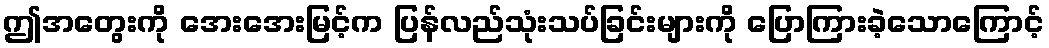
ဤအတွေးကို အေးအေးမြင့်က ပြန်လည်သုံးသပ်ခြင်းများကို ပြောကြားခဲ့သောကြောင့်